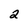
Character: 2